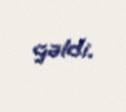
gəldi.